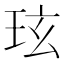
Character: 玹